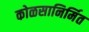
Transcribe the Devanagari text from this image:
कोळसानिर्मित